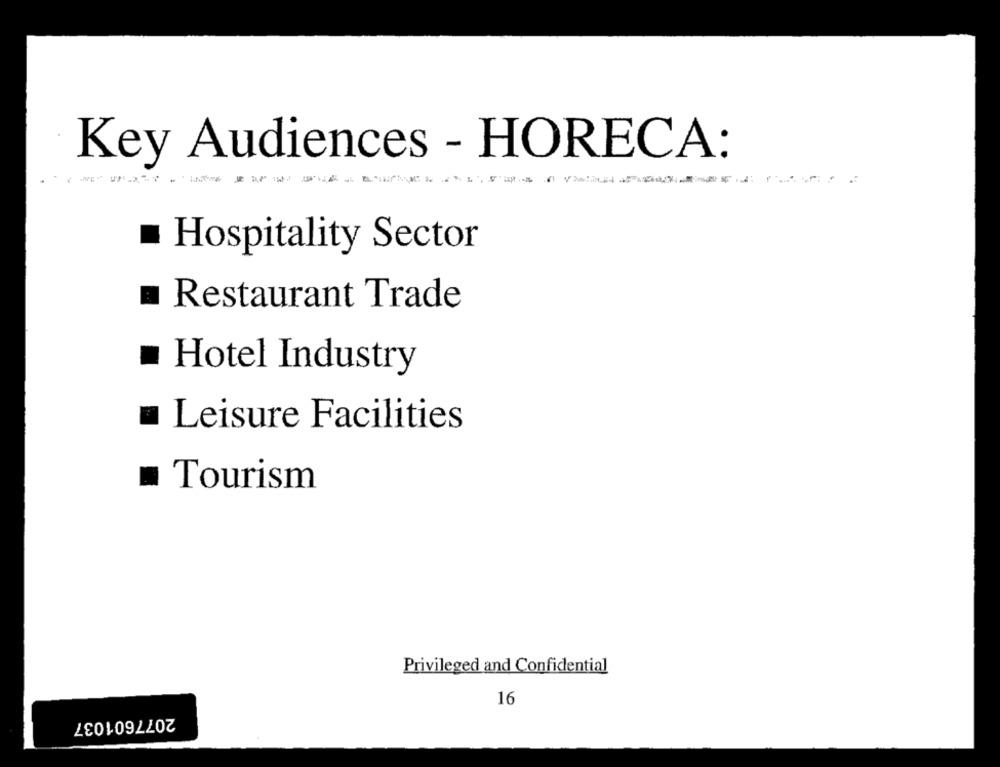
Key Audiences - HORECA:
Hospitality Sector
Restaurant Trade
Hotel Industry
Leisure Facilities
Tourism
Privileged and Confidential
16
2077601037